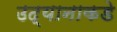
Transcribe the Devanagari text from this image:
उद्यानाकडे